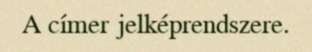
A címer jelképrendszere.